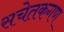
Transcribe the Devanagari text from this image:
सचेतकगण